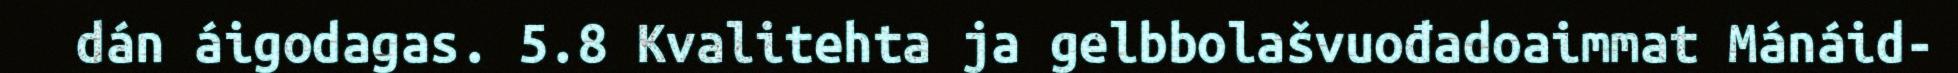
dán áigodagas. 5.8 Kvalitehta ja gelbbolašvuođadoaimmat Mánáid-